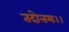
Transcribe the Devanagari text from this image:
तदोत्तमः।।